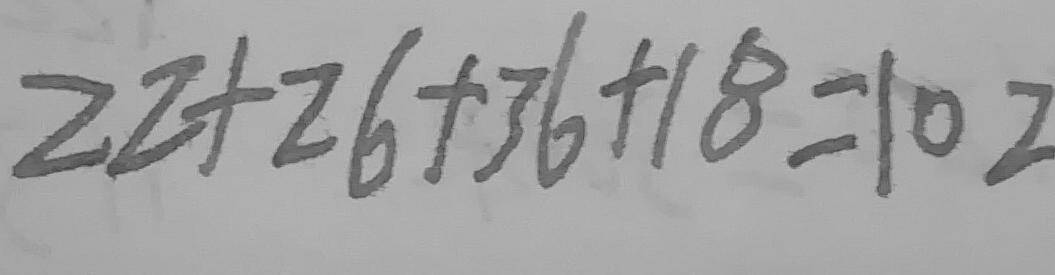
2 2 + 2 6 + 3 6 + 1 8 = 1 0 2